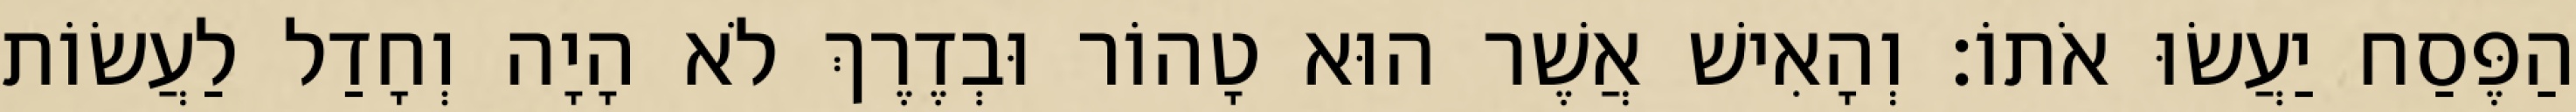
הַפֶּסַח יַעֲשׂוּ אֹתוֹ׃ וְהָאִישׁ אֲשֶׁר הוּא טָהוֹר וּבְדֶרֶךְ לֹא הָיָה וְחָדַל לַעֲשׂוֹת